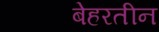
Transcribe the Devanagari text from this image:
बेहरतीन